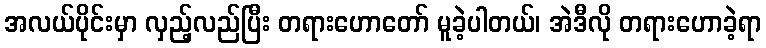
အလယ်ပိုင်းမှာ လှည့်လည်ပြီး တရားဟောတော် မူခဲ့ပါတယ်၊ အဲဒီလို တရားဟောခဲ့ရာ